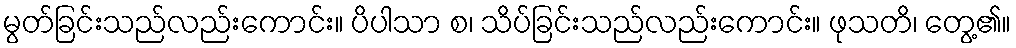
မွတ်ခြင်းသည်လည်းကောင်း။ ပိပါသာ စ၊ သိပ်ခြင်းသည်လည်းကောင်း။ ဖုသတိ၊ တွေ့၏။